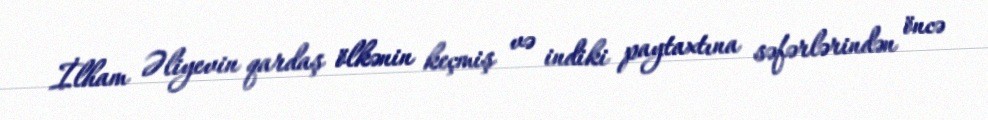
İlham Əliyevin qardaş ölkənin keçmiş və indiki paytaxtına səfərlərindən öncə